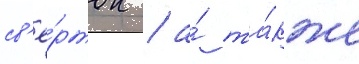
св'ё́рток / а́ та́кже